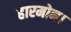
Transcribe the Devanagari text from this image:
हारमोन।